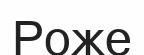
Роже